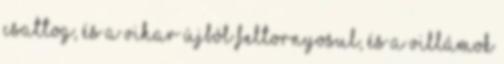
csattog, és a vihar újból feltornyosul, és a villámok